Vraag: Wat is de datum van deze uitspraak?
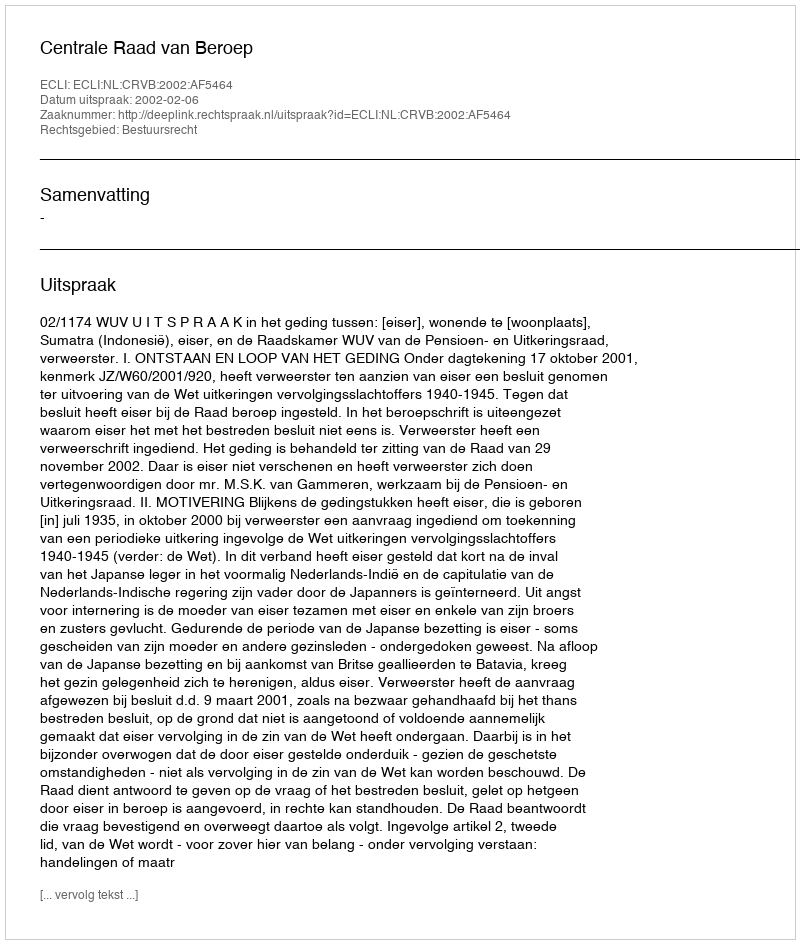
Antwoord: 2002-02-06